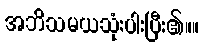
အဘိသမယသုံးပါးပြီး၏။။